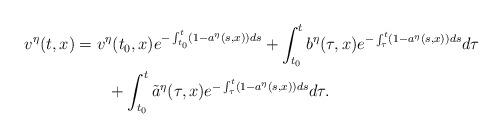
LaTeX: \begin{align*}v^{\eta}(t,x)&=v^{\eta}(t_{0},x)e^{-\int_{t_{0}}^{t}(1-a^{\eta}(s,x))ds}+\int_{t_{0}}^{t}b^{\eta}(\tau,x)e^{-\int_{\tau}^{t}(1-a^{\eta}(s,x))ds}d\tau\\&\quad\quad+\int_{t_{0}}^{t}\tilde{a}^{\eta}(\tau,x)e^{-\int_{\tau}^{t}(1-a^{\eta}(s,x))ds}d\tau.\end{align*}